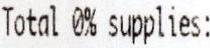
TOTAL 0% SUPPLIES: